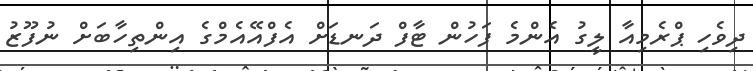
ދިވެހި ޕްރެމިއާ ލީގު އެންމެ ފަހުން ޓާފް ދަނޑަށް އެފްއޭއެމްގެ އިންތިހާބަށް ނުފޫޒު